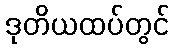
ဒုတိယထပ်တွင်